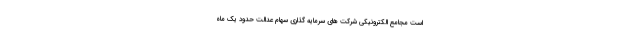
است مجامع الکترونیکی شرکت های سرمایه گذاری سهام عدالت حدود یک ماه